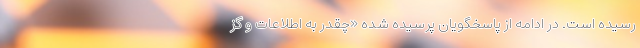
رسیده است. در ادامه از پاسخگویان پرسیده شده «چقدر به اطلاعات و گز